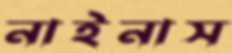
নাইনাস